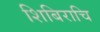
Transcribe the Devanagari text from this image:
शिबिराचि